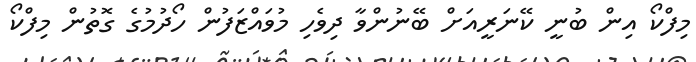
މިފްކޯ އިން ބުނީ ކޭނަރީއަށް ބޭނުންވާ ދިވެހި މުވައްޒަފުން ހޯދުމުގެ ގޮތުން މިފްކޯ